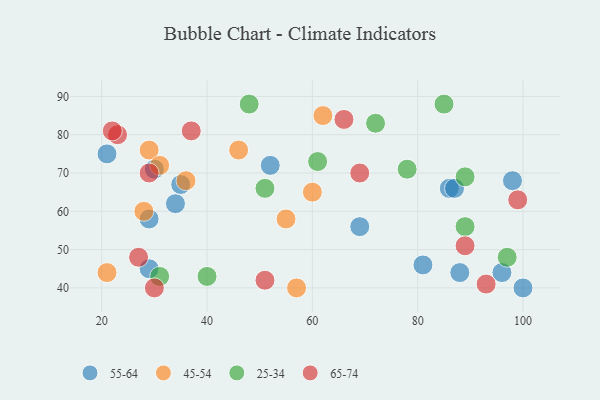
{"axis": {"x": "GDP", "y": "Life Expectancy"}, "legend": ["25-34", "45-54", "55-64", "65-74"], "data": [{"x": "98", "y": 68, "type": "55-64"}, {"x": "34", "y": 62, "type": "55-64"}, {"x": "81", "y": 46, "type": "55-64"}, {"x": "100", "y": 40, "type": "55-64"}, {"x": "30", "y": 71, "type": "55-64"}, {"x": "29", "y": 58, "type": "55-64"}, {"x": "88", "y": 44, "type": "55-64"}, {"x": "21", "y": 75, "type": "55-64"}, {"x": "86", "y": 66, "type": "55-64"}, {"x": "69", "y": 56, "type": "55-64"}, {"x": "87", "y": 66, "type": "55-64"}, {"x": "96", "y": 44, "type": "55-64"}, {"x": "52", "y": 72, "type": "55-64"}, {"x": "29", "y": 45, "type": "55-64"}, {"x": "35", "y": 67, "type": "55-64"}, {"x": "57", "y": 40, "type": "45-54"}, {"x": "36", "y": 68, "type": "45-54"}, {"x": "29", "y": 76, "type": "45-54"}, {"x": "31", "y": 72, "type": "45-54"}, {"x": "21", "y": 44, "type": "45-54"}, {"x": "55", "y": 58, "type": "45-54"}, {"x": "62", "y": 85, "type": "45-54"}, {"x": "46", "y": 76, "type": "45-54"}, {"x": "28", "y": 60, "type": "45-54"}, {"x": "60", "y": 65, "type": "45-54"}, {"x": "85", "y": 88, "type": "25-34"}, {"x": "61", "y": 73, "type": "25-34"}, {"x": "31", "y": 43, "type": "25-34"}, {"x": "97", "y": 48, "type": "25-34"}, {"x": "48", "y": 88, "type": "25-34"}, {"x": "72", "y": 83, "type": "25-34"}, {"x": "51", "y": 66, "type": "25-34"}, {"x": "78", "y": 71, "type": "25-34"}, {"x": "40", "y": 43, "type": "25-34"}, {"x": "89", "y": 69, "type": "25-34"}, {"x": "89", "y": 56, "type": "25-34"}, {"x": "37", "y": 81, "type": "65-74"}, {"x": "99", "y": 63, "type": "65-74"}, {"x": "51", "y": 42, "type": "65-74"}, {"x": "23", "y": 80, "type": "65-74"}, {"x": "27", "y": 48, "type": "65-74"}, {"x": "93", "y": 41, "type": "65-74"}, {"x": "29", "y": 70, "type": "65-74"}, {"x": "22", "y": 81, "type": "65-74"}, {"x": "89", "y": 51, "type": "65-74"}, {"x": "69", "y": 70, "type": "65-74"}, {"x": "30", "y": 40, "type": "65-74"}, {"x": "66", "y": 84, "type": "65-74"}]}